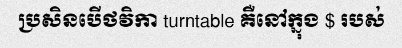
ប្រសិនបើថវិកា turntable គឺនៅក្នុង $ របស់